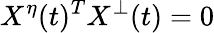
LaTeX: X^{\eta}(t)^{T}X^{\bot}(t)=0